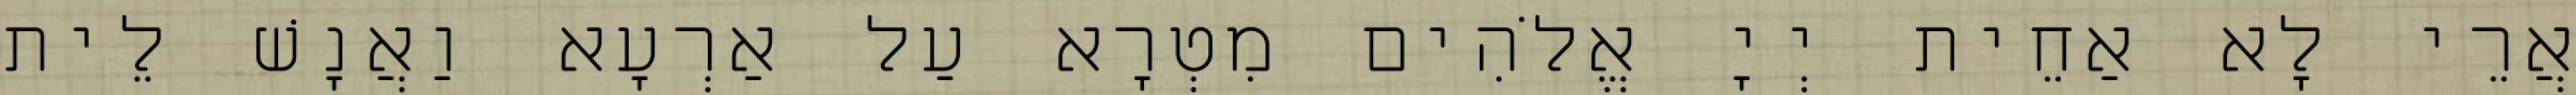
אֲרֵי לָא אַחֵית יְיָ אֱלֹהִים מִטְרָא עַל אַרְעָא וַאֲנָשׁ לֵית